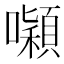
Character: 𭌒